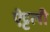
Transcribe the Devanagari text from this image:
ऐट्टली